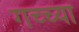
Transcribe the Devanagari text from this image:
गच्च्या